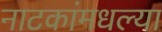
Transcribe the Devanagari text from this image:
नाटकांमधल्या